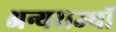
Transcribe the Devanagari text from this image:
अन्यराज्यों